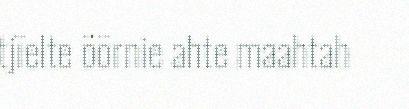
tjïelte öörnie ahte maahtah